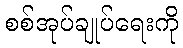
စစ်အုပ်ချုပ်ရေးကို